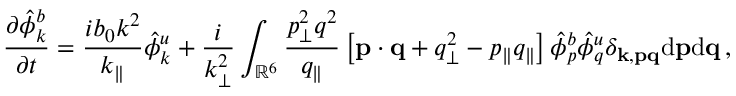
{ \frac { \partial \hat { \phi } _ { k } ^ { b } } { \partial t } } = \frac { i b _ { 0 } k ^ { 2 } } { k _ { \parallel } } \hat { \phi } _ { k } ^ { u } + \frac { i } { k _ { \perp } ^ { 2 } } \int _ { \mathbb { R } ^ { 6 } } \frac { p _ { \perp } ^ { 2 } q ^ { 2 } } { q _ { \parallel } } \left[ { \bf p } \cdot { \bf q } + q _ { \perp } ^ { 2 } - p _ { \parallel } q _ { \parallel } \right] \hat { \phi } _ { p } ^ { b } \hat { \phi } _ { q } ^ { u } \delta _ { { \bf k } , { \bf p } { \bf q } } \mathrm { d } { \bf p } \mathrm { d } { \bf q } \, ,